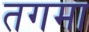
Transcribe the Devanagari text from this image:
तगमा